Vaccination in Bombay 1924-1928 - 1924-1928
Year: 1924
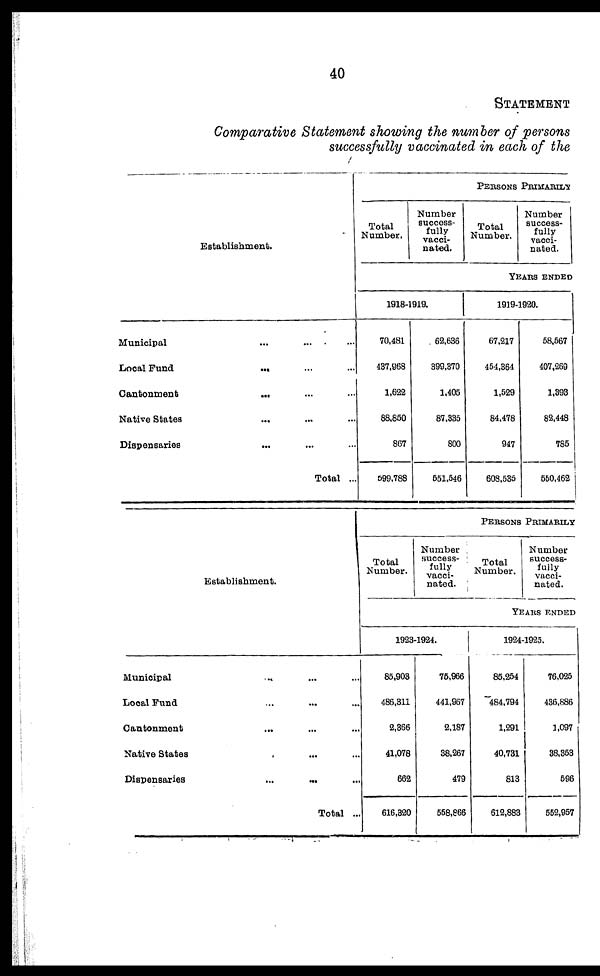
40
STATEMENT
Comparative Statement showing the number of persons
successfully vaccinated in each of the
Establishment.
Municipal ... ... ...
Local Fund
... ... ...
Cantonment
... ... ...
Native States ... ... ...
Dispensaries
... ... ...
Total ...
PERSONS PRIMARILY
Total
Number.
Number
success-
fully
vacci-
nated.
Total
Number.
Number
success-
fully
vacci-
nated.
YEARS ENDED
1918-1919.
70,481
437,968
1,622
88,850
867
599,788
62,636
399,370
1,405
87,335
800
551,546
1919-1920.
67,217
454,364
1,529
84,478
947
608,535
58,567
407,269
1,393
82,448
785
550,462
Establishment.
Municipal ... ... ...
Local Fund ... ... ...
Cantonment ... ... ...
Native States ... ... ...
Dispensaries
...
... ...
Total ...
PERSONS PRIMARILY
Total
Number.
Number
success-
fully
vacci-
nated.
Total
Number.
Number
success-
fully
vacci-
nated.
YEARS ENDED
1923-1924.
85,903
486,311
2,366
41,078
662
616,320
75,966
441,967
2,187
38,267
479
558,866
1924-1925.
85,254
484,794
1,291
40,731
813
612,883
76,025
436,886
1,097
38,353
596
552,957